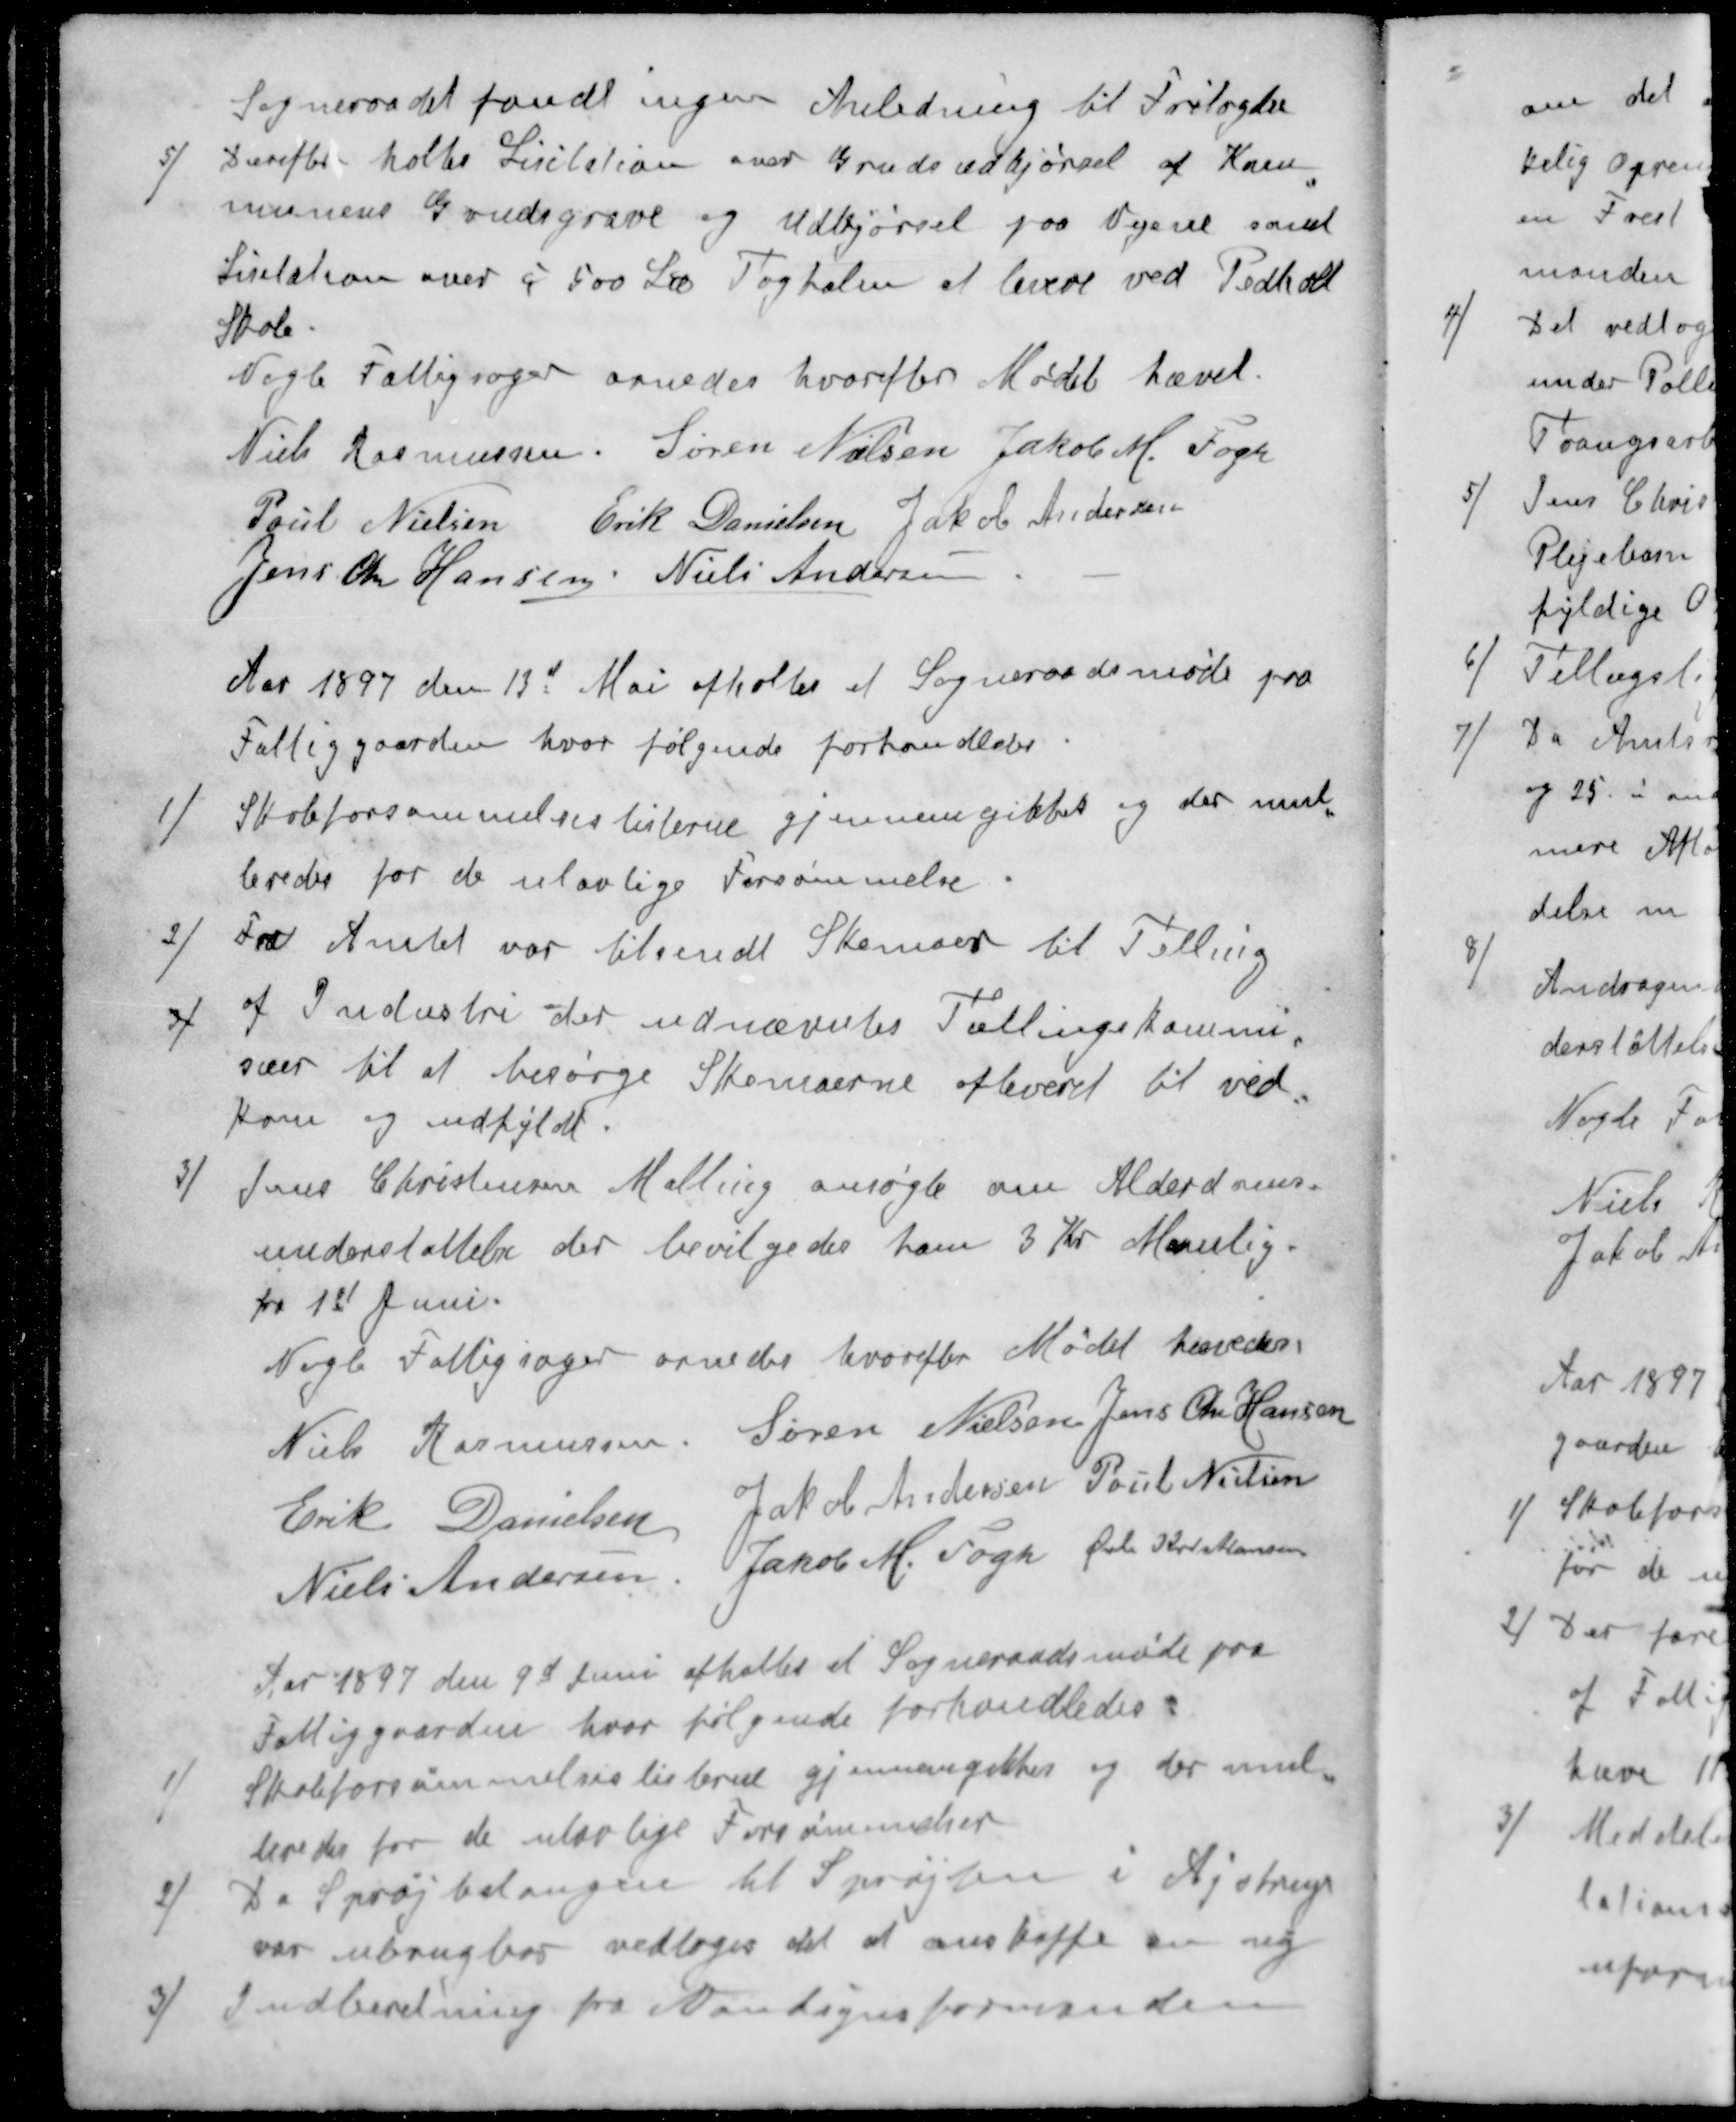
Transskription:
Sogneraadet fandt ingen Anledning til Fritagelse
5) Derefter holtes Licitation over Grudsudkjørsel af Kom-
munens Grudsgrave og Udkjørsel paa Vejene samt
Lisitation over i 500 Læ Toghalm af levere ved Pedholdt
Skole.
Nogle Fattigsager ornedes hvorefter Mødet hævet.
Niels Rasmussen
Søren Nielsen
Jakob M. Fogh
Poul Nielsen
Erik Danielsen
Jakob Andersen
Jens Chr Hansen
Niels Andersen
Aar 1897 den 13d Mai afholtes at Sogneraadsmøde paa
Fattiggaarden, hvor følgende forhandledes.
1 )Skoleforsømmelseslisterne gjennemgikkes og der mul-
teredes for de ulovlige Forsømmelse.
2) Fra Amtet var tilsendt Skemaer til Tælling
af Industri der udnævntes Tællingskommi-
3 /
sæer til at besørge Skemaerne afleveret til ved-
kom og udfyldt.
3 ) Jens Christensen Malling ansøgte om Alderdoms-
understøttelse der bevilgedes ham 3 Kr Maanlig.
fra 1st Juni.
Nogle Fattigsager ornedes hvorefter Mødet hævedes
Niels Rasmussen
Søren Nielsen
Jens Chr Hansen
Erik Danielsen
Jakob Andersen
Poul Nielsen
Niels Andersen
Jakob M. Fogh
Øvli Kristiansen
Aar 1897 den 9d Juni afholtes et Sogneraadsmøde paa
Fattiggaarden, hvor følgende forhandledes:
1 ) Skoleforsømmelseslisterne gjennemgikkes og der mul-
teredes for de ulovlige Forsømmelser
2 ) Da Sprøjteslangen til Sprøjten i Lystrup
var ubrugbar vedtoges det at anskaffe en ny
3 ) Indberetning fra vandsynsformanden